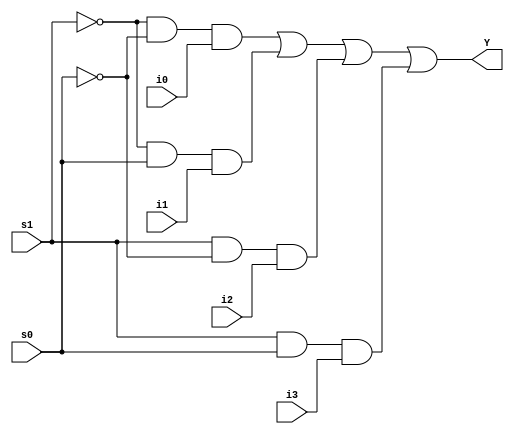
module mux4to1(Y, i0,i1,i2,i3,s0,s1);
input i0,i1,i2,i3,s0,s1;
output Y;

assign Y = (~s1 & ~s0 & i0) | (~s1 & s0 & i1) | (s1 & ~s0 & i2) | (s1 & s0 & i3);
    
endmodule